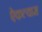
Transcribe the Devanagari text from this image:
ऐकल्यास